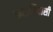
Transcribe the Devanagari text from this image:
रूसनिवासी